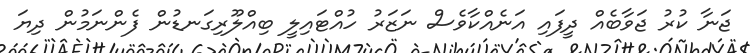
ޖަނާ ކުރު ޖަވާބެއް ދީފައި އަނެއްކާވެސް ނަޒަރު ހުއްޓައިލީ ބިއްލޫރިގަނޑުން ފެންނަމުން ދިޔަ